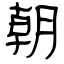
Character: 朝